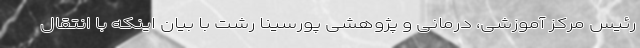
رئیس مرکز آموزشی، درمانی و پژوهشی پورسینا رشت با بیان اینکه با انتقال